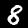
Digit: 8